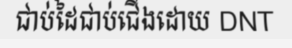
ជាប់ដៃជាប់ជើងដោយ DNT